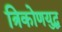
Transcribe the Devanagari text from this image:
त्रिकोणयुद्ध